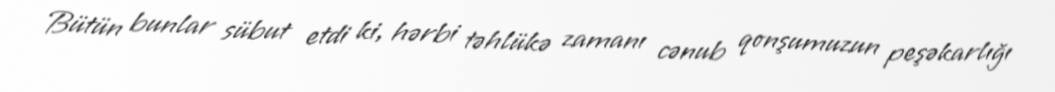
Bütün bunlar sübut etdi ki, hərbi təhlükə zamanı cənub qonşumuzun peşəkarlığı